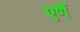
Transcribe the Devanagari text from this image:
एणें